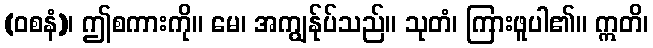
(ဝစနံ)၊ ဤစကားကို။ မေ၊ အကျွန်ုပ်သည်။ သုတံ၊ ကြားဖူပါ၏။ ဣတိ၊